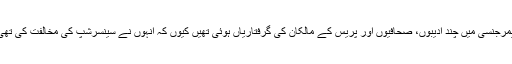
ایمرجنسی میں چند ادیبوں، صحافیوں اور پریس کے مالکان کی گرفتاریاں ہوئی تھیں کیوں کہ انہوں نے سینسرشپ کی مخالفت کی تھی۔